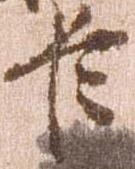
臣